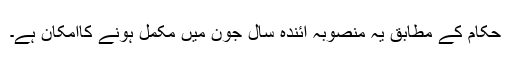
حکام کے مطابق یہ منصوبہ آئندہ سال جون میں مکمل ہونے کاامکان ہے۔